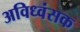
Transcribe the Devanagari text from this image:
अविध्वंसक